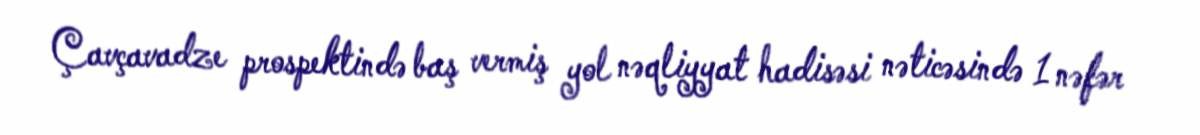
Çavçavadze prospektində baş vermiş yol nəqliyyat hadisəsi nəticəsində 1 nəfər